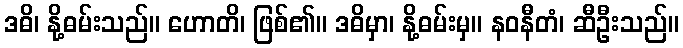
ဒဓိ၊ နို့ဓမ်းသည်။ ဟောတိ၊ ဖြစ်၏။ ဒဓိမှာ၊ နို့ဓမ်းမှ။ နဝနီတံ၊ ဆီဦးသည်။